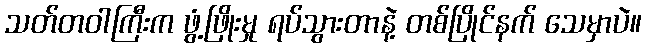
သတ်တဝါကြီးက ဖွံ့ဖြိုးမှု ရပ်သွားတာနဲ့ တစ်ပြိုင်နက် သေမှာပဲ။